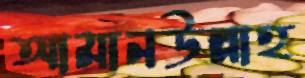
আমানউল্লাহ